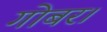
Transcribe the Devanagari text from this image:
गोबर।